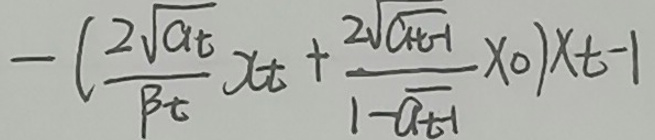
\[
- \left( \frac{2\sqrt{\alpha_t}}{\beta_t} x_t + \frac{2\sqrt{\alpha_{t - 1}}}{1 - \alpha_{t - 1}} x_0 \right) x_{t - 1}
\]